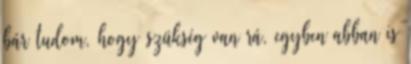
bár tudom, hogy szükség van rá, egyben abban is